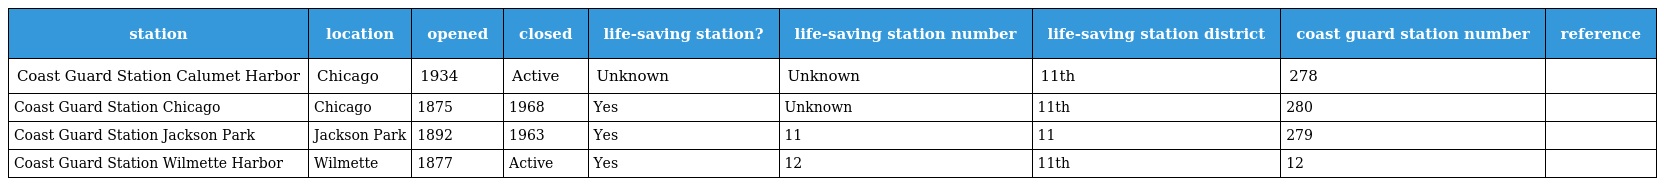
| station | location | opened | closed | life-saving station? | life-saving station number | life-saving station district | coast guard station number | reference |
 | --- | --- | --- | --- | --- | --- | --- | --- | --- |
 | Coast Guard Station Calumet Harbor | Chicago | 1934 | Active | Unknown | Unknown | 11th | 278 |  |
 | Coast Guard Station Chicago | Chicago | 1875 | 1968 | Yes | Unknown | 11th | 280 |  |
 | Coast Guard Station Jackson Park | Jackson Park | 1892 | 1963 | Yes | 11 | 11 | 279 |  |
 | Coast Guard Station Wilmette Harbor | Wilmette | 1877 | Active | Yes | 12 | 11th | 12 |  |